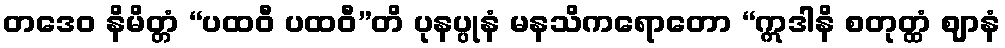
တဒေဝ နိမိတ္တံ “ပထဝီ ပထဝီ”တိ ပုနပ္ပုနံ မနသိကရောတော “ဣဒါနိ စတုတ္ထံ ဈာနံ